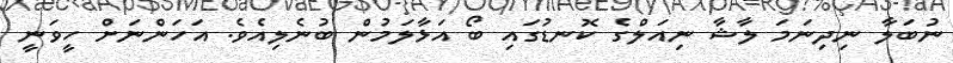
ނުބަލާ ނިދިނަމަ ލާޝާ ނިއަލްގެ ކޮނޑުގައި ބޯ އަޅާލަމުން ބުނެލިއެވެ. އަހަންނަށް ހީވަނީ